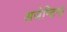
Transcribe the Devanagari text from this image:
अजेन्टिना